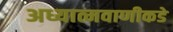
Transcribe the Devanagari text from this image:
अध्यात्मवाणीकडे